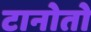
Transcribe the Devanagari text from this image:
टानोतो